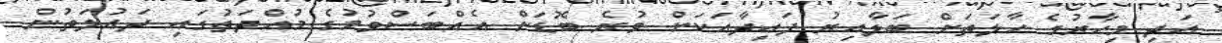
އަދި މިހާރުގެ ހާލަތަށް ބަލާއިރު ފައިދާއަކަށް ވުރެ ބޮޑަށް އެއްބަސްވުމުގެ މުއްދަތުގައި ދައުލަތުން